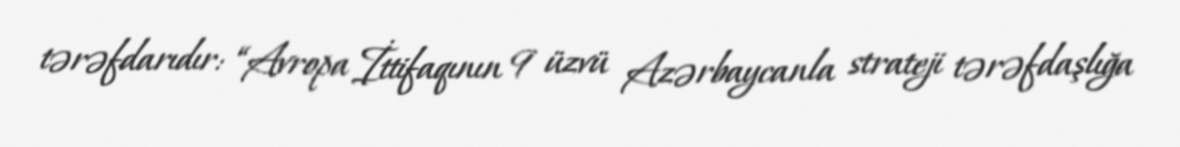
tərəfdarıdır: “Avropa İttifaqının 9 üzvü Azərbaycanla strateji tərəfdaşlığa